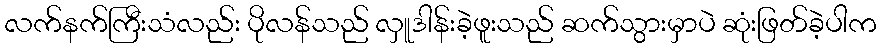
လက်နက်ကြီးသံလည်း ပိုလန်သည် လှူဒါန်းခဲ့ဖူးသည် ဆက်သွားမှာပဲ ဆုံးဖြတ်ခဲ့ပါက